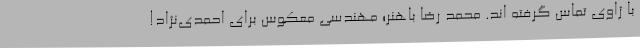
با ژاوی تماس گرفته اند. محمد رضا باهنر؛ مهندسی معکوس برای احمدی‌نژاد!